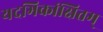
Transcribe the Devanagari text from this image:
यदभिकांक्षितम्